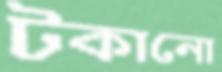
টকানো